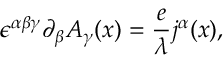
\epsilon ^ { \alpha \beta \gamma } \partial _ { \beta } A _ { \gamma } ( x ) = \frac { e } { \lambda } j ^ { \alpha } ( x ) ,